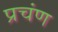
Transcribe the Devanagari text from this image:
प्रचंण